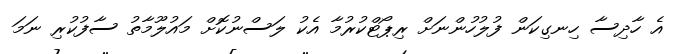
އެ ހާދިސާ ހިނގިކަން ފުލުހުންނަށް ރިޕޯޓްކުރުމާ އެކު ލަސްނުކޮށް މައުލޫމާތު ސާފުކުރި ނަމަ